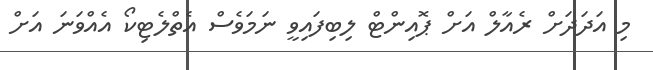
މި އަދަދަށް ރެއާލް އަށް ޕޮއިންޓް ލިބިފައިވީ ނަމަވެސް އެތްލެޓިކޯ އެއްވަނަ އަށް